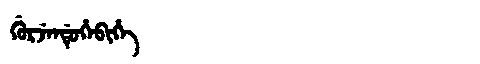
Manchu: ᡤᡠᡵᠵᡝᠨᡩᡠᡥᡝᠪᡳᡥᡝ
Romanization: GURJENDUHEBIHE